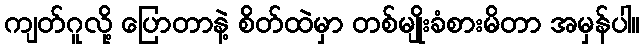
ကျတ်ဂူလို့ ပြောတာနဲ့ စိတ်ထဲမှာ တစ်မျိုးခံစားမိတာ အမှန်ပါ။